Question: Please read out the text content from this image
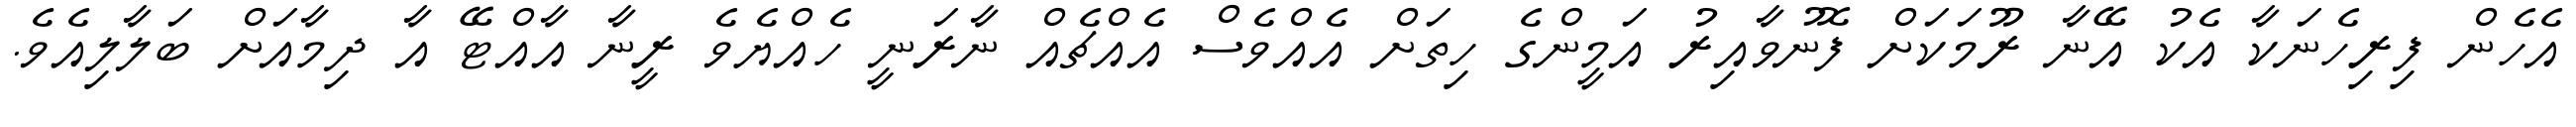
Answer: އެހެން ފިރިހެނަކާ އެކު އޭނާ ރޫމަކަށް ފޮނުވާއިރު އަމީންގެ ހިތަށް އެއްވެސް އެއްޗެއް ނާރަނީ ހެއްޔެވެ ރީނާ އާއްޓޭ އާ ދިމާއަށް ބަލާލިއެވެ.